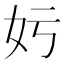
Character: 𡚯